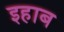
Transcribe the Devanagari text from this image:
इहाब